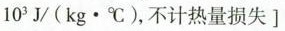
10^{3}J/(kg \cdot ^{\circ}C), 不计热量损失]